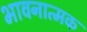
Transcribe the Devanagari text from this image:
भावनात्मक